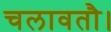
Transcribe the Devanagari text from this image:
चलावतौ।